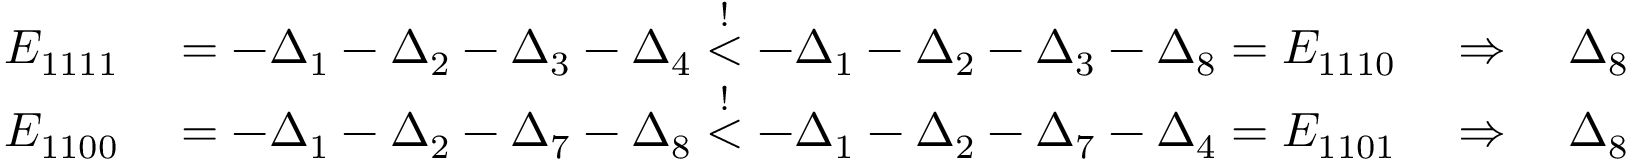
\begin{array} { r l } { E _ { 1 1 1 1 } } & { { } = - \Delta _ { 1 } - \Delta _ { 2 } - \Delta _ { 3 } - \Delta _ { 4 } \stackrel { ! } { < } - \Delta _ { 1 } - \Delta _ { 2 } - \Delta _ { 3 } - \Delta _ { 8 } = E _ { 1 1 1 0 } \quad \Rightarrow \quad \Delta _ { 8 } < \Delta _ { 4 } \, , } \\ { E _ { 1 1 0 0 } } & { { } = - \Delta _ { 1 } - \Delta _ { 2 } - \Delta _ { 7 } - \Delta _ { 8 } \stackrel { ! } { < } - \Delta _ { 1 } - \Delta _ { 2 } - \Delta _ { 7 } - \Delta _ { 4 } = E _ { 1 1 0 1 } \quad \Rightarrow \quad \Delta _ { 8 } > \Delta _ { 4 } \, . } \end{array}